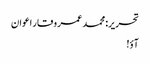
تحریر: محمد عمر وقار اعوان
آؤ!